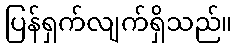
ပြန်ရှက်လျက်ရှိသည်။